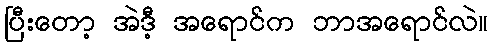
ပြီးတော့ အဲဒီ့ အရောင်က ဘာအရောင်လဲ။